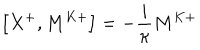
\left[ X ^ { + } , M ^ { K + } \right] = - \frac { i } { \kappa } M ^ { K + }